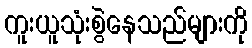
ကူးယူသုံးစွဲနေသည်များကို